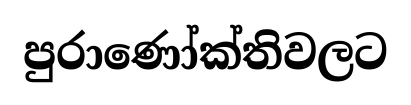
පුරාණෝක්තිවලට